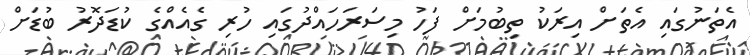
އެތަނުގައި އެތަށް އިރަކު ތިބުމަށް ފަހު މިސަރަހައްދުގައި ހުރި ގެއެއްގެ ކުޑަދޮރު ބުޑަށް